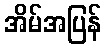
အိမ်အပြန်